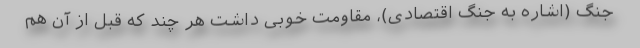
جنگ (اشاره به جنگ اقتصادی)، مقاومت خوبی داشت هر چند که قبل از آن هم